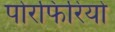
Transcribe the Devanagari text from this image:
पोरफिरियो